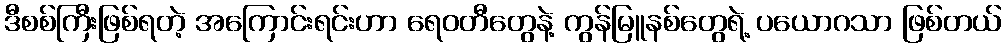
ဒီစစ်ကြီးဖြစ်ရတဲ့ အကြောင်းရင်းဟာ ရေဝတီတွေနဲ့ ကွန်မြူနစ်တွေရဲ့ ပယောဂသာ ဖြစ်တယ်